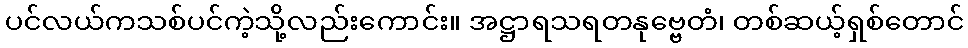
ပင်လယ်ကသစ်ပင်ကဲ့သို့လည်းကောင်း။ အဋ္ဌာရသရတနုဗ္ဗေတံ၊ တစ်ဆယ့်ရှစ်တောင်